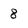
Character: 8